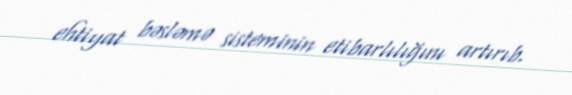
ehtiyat bəsləmə sisteminin etibarlılığını artırıb.